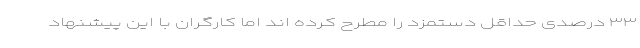
۳۳ درصدی حداقل دستمزد را مطرح کرده اند اما کارگران با این پیشنهاد